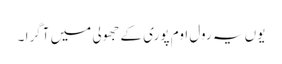
یوں یہ رول اوم پوری کے جھولی میں آگرا ۔